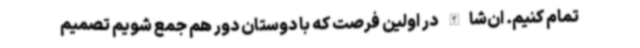
تمام‌ کنیم. ان‌شاالله در اولین فرصت که با دوستان دور هم جمع شویم تصمیم